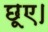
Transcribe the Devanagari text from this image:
छूए।